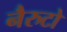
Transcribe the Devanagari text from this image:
नैरुटो